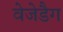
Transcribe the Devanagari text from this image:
वेजेडैग